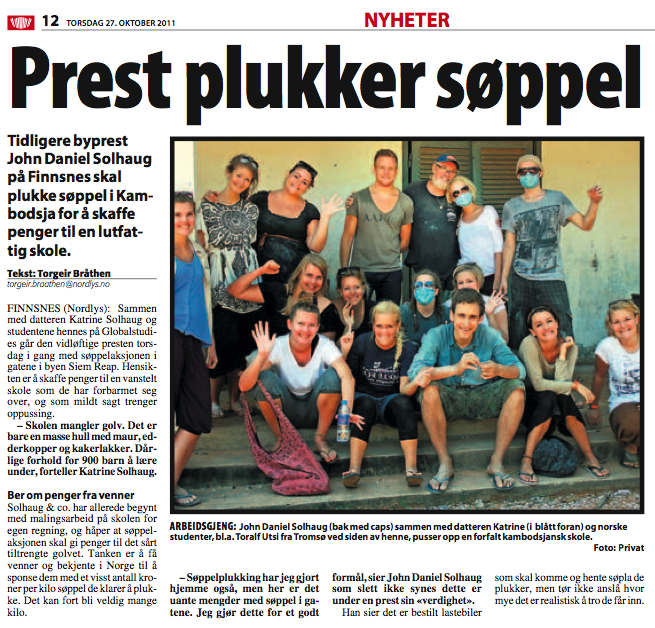
Language: no